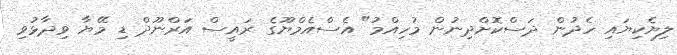
ލިޔެކިޔައި ހެދުން ދަސްކޮށްދިނުން މުހިއްމު" އެސްއެމްޔޫގެ ރައީސް އަރްނޫދް ޑި މޭޔާ ވިދާޅުވި